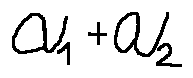
a _ { 1 } + a _ { 2 }